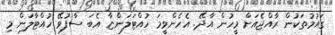
ގައުމުތަކުން ރާއްޖެއަށް މީހުން އާދޭ. އެހެންވީމަ ހުއްޓަލަންޏާ އެބަ ސާފުވޭ ހުއްޓާލަން މި